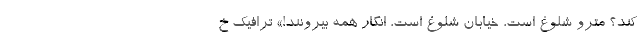
کند؟ مترو شلوغ است، خیابان شلوغ است، انگار همه بیرونند!» ترافیک خ